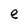
Character: e